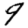
Digit: 9